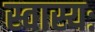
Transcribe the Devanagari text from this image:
स्वास्यः